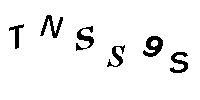
TNSS9S